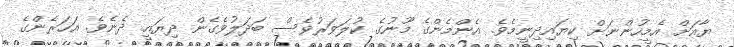
ޔާއަށް އެމީހުންނަށް ކިޔައިދިނީމެވެ. އެންމެންގެ މޫނުގެ ކުލަވަރުވެސް ބަދަލުވެގެން ދިޔައީ ދެނެވެ. އަހަރެންގެ